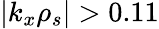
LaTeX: |k_{x}\rho_{s}|>0.11